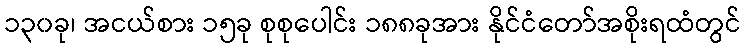
၁၃၀ခု၊ အငယ်စား ၁၅ခု စုစုပေါင်း ၁၈၈ခုအား နိုင်ငံတော်အစိုးရထံတွင်